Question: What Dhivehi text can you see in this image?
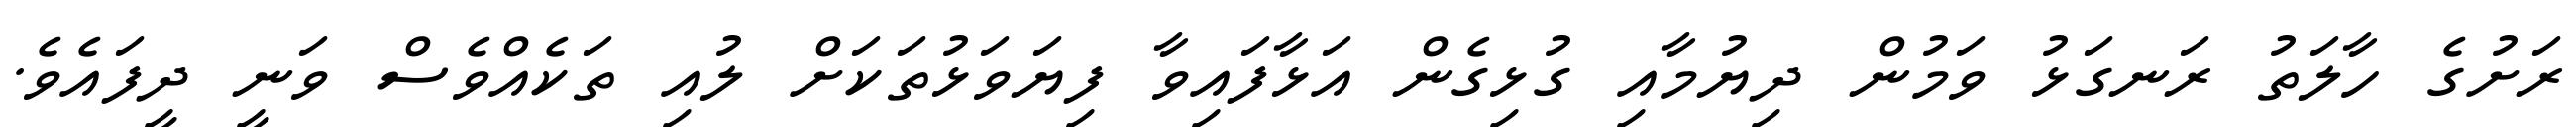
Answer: ރަށުގެ ހާލަތު ރަނގަޅު ވަމުން ދިޔުމާއި ގުޅިގެން އަޅާފައިވާ ފިޔަވަޅުތަކަށް ލުއި ތަކެއްވެސް ވަނީ ދީފައެވެ.